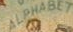
ALPHABLT